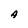
Character: A